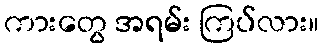
ကားတွေ အရမ်း ကြပ်လား။